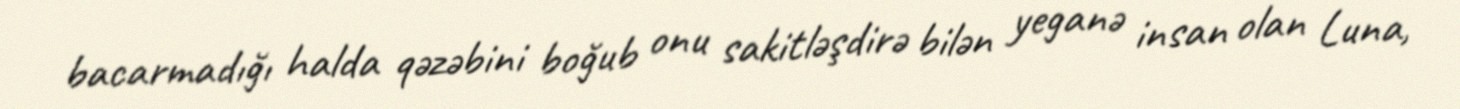
bacarmadığı halda qəzəbini boğub onu sakitləşdirə bilən yeganə insan olan Luna,